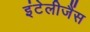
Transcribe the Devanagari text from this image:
इंटेलीजैंस